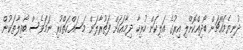
ދުނިޔެމައްޗަށް ބޯދިއްކޮށްލި އިރުގެ އަލިކަން ހުރިހާ ދިމާއަކަށް ފަތުރާލަން މަސައްކަތްކުރި ނަމަވެސް ބޯވިލާތަކުން